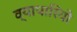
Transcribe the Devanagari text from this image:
व्यापारियो